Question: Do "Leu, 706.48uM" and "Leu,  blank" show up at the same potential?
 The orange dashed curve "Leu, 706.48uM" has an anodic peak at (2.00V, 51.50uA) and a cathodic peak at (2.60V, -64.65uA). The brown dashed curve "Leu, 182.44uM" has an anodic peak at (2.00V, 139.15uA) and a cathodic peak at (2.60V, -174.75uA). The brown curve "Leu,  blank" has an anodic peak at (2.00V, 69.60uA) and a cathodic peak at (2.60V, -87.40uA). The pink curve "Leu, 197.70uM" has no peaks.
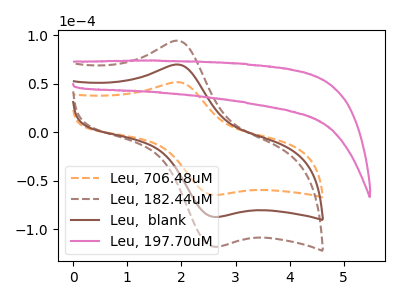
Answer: <think>All the peaks in "Leu, 706.48uM" have a peak in "Leu,  blank" at the same potential. Every peak in "Leu, 706.48uM" is lower than every peak in "Leu,  blank".
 </think>
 <answer>"Leu, 706.48uM" and "Leu,  blank" are similar in shape.</answer>
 <eval>same_shape</eval>